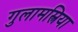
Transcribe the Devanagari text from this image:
गुलामस्त्रिया